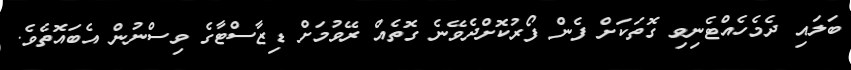
ބަލައި ދެމެހެއްޓެނިވި ގޮތަކަށް ފެން ފޯރުކޮށްދެވޭނެ ގޮތެއް ރޭވުމަށް ޑިޒާސްޓާގެ ވިސްނުން އެބައޮތެވެ.